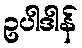
ဥပါဒါန်